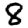
Digit: 8